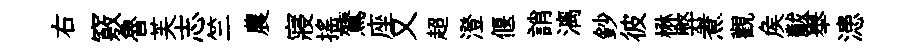
右竅魯芙志竺農寢揺鷟座又超澄偃誚漓鈔彼楙弊煮觀矦黻舉漶